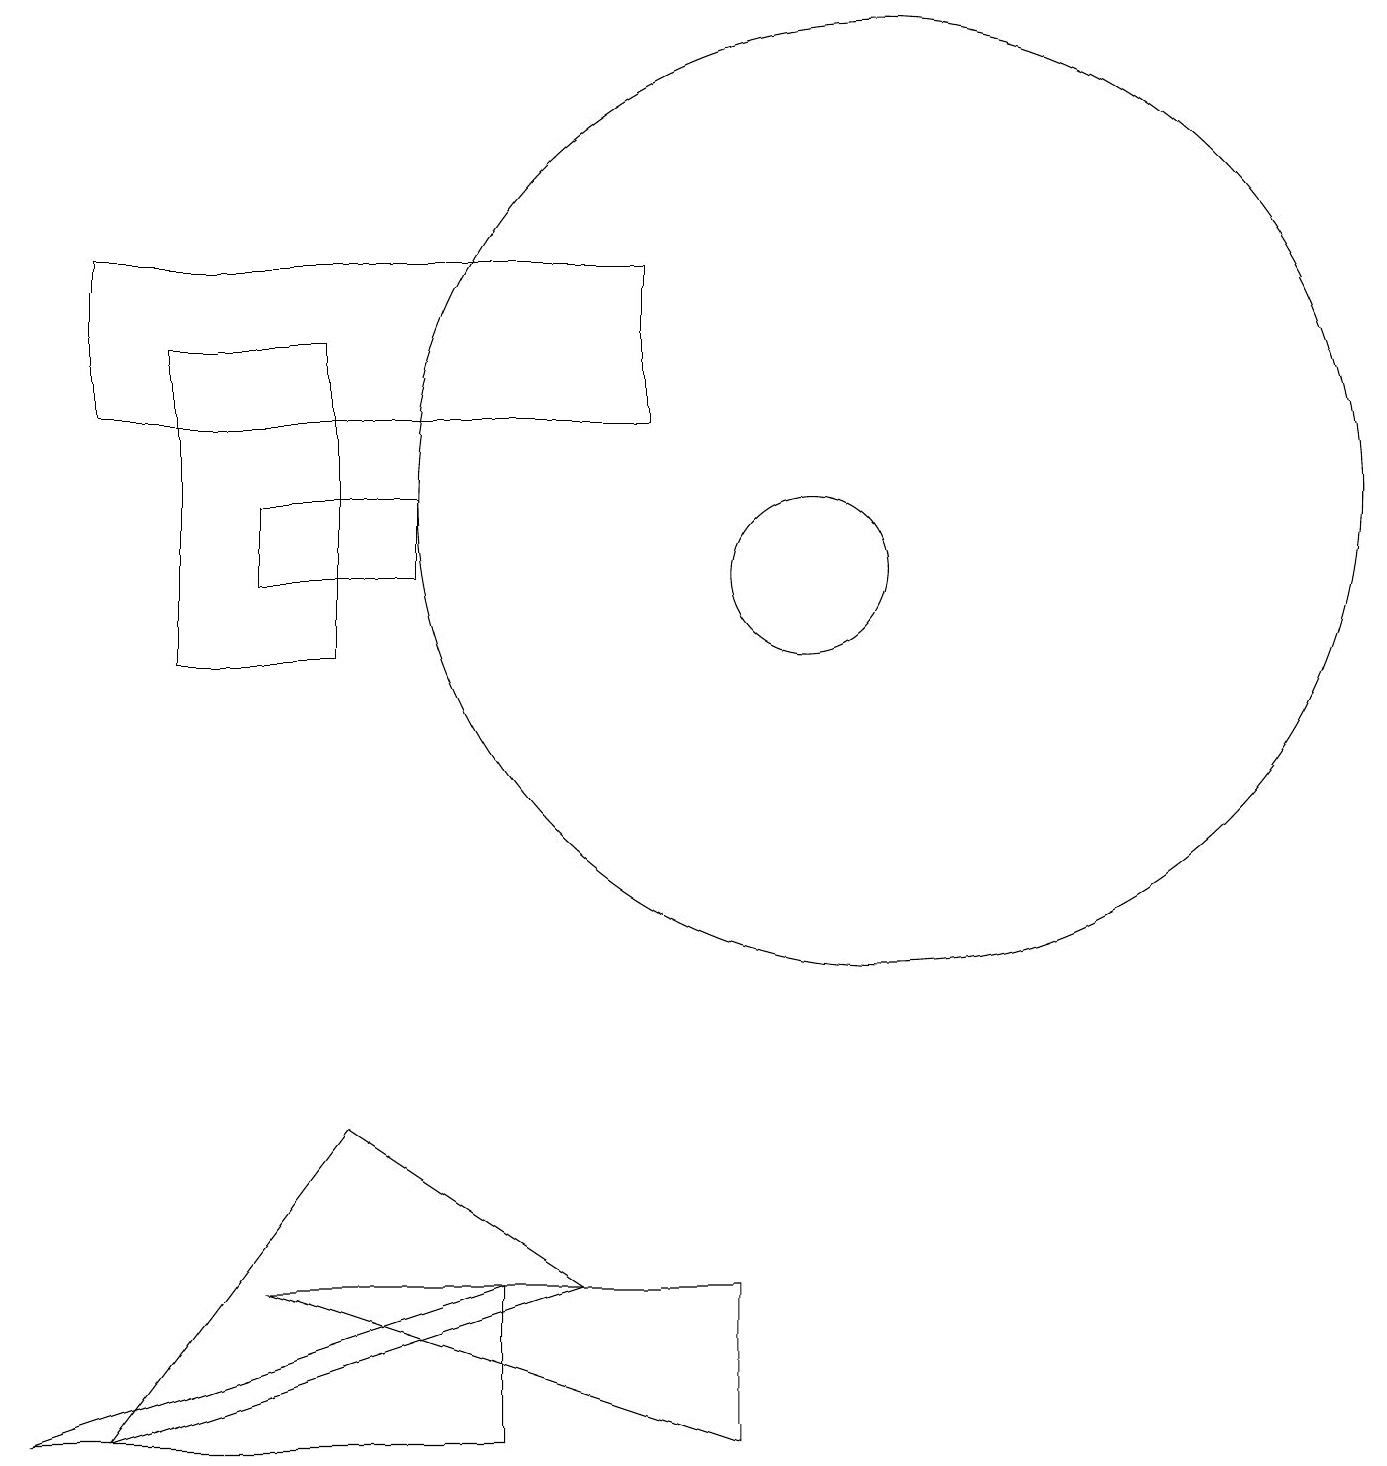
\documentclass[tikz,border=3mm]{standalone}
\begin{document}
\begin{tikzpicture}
\draw (5,12) rectangle (3,11);
\draw (11,12) circle (6);
\draw (8,15) rectangle (1,13);
\draw (3,2) -- (9,0) -- (9,2) -- cycle;
\draw (1,0) -- (4,4) -- (7,2) -- cycle;
\draw (6,0) -- (6,2) -- (0,0) -- cycle;
\draw (2,14) rectangle (4,10);
\draw (10,11) circle (1);
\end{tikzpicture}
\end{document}